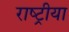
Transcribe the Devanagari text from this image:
राष्ट्रीया